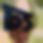
চ্য